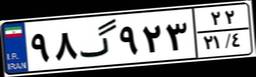
۹۸گ۹۲۳۲۲